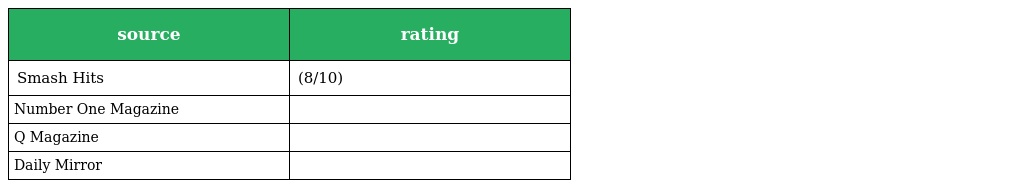
| source | rating |
 | --- | --- |
 | Smash Hits | (8/10) |
 | Number One Magazine |  |
 | Q Magazine |  |
 | Daily Mirror |  |